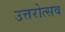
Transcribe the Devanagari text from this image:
उत्तरोत्सव